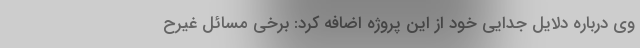
وی درباره دلایل جدایی خود از این پروژه اضافه کرد: برخی مسائل غیرح